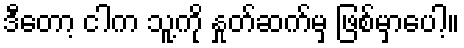
ဒီတော့ ငါက သူ့ကို နှုတ်ဆက်မှ ဖြစ်မှာပေါ့။